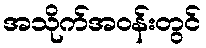
အသိုက်အဝန်းတွင်